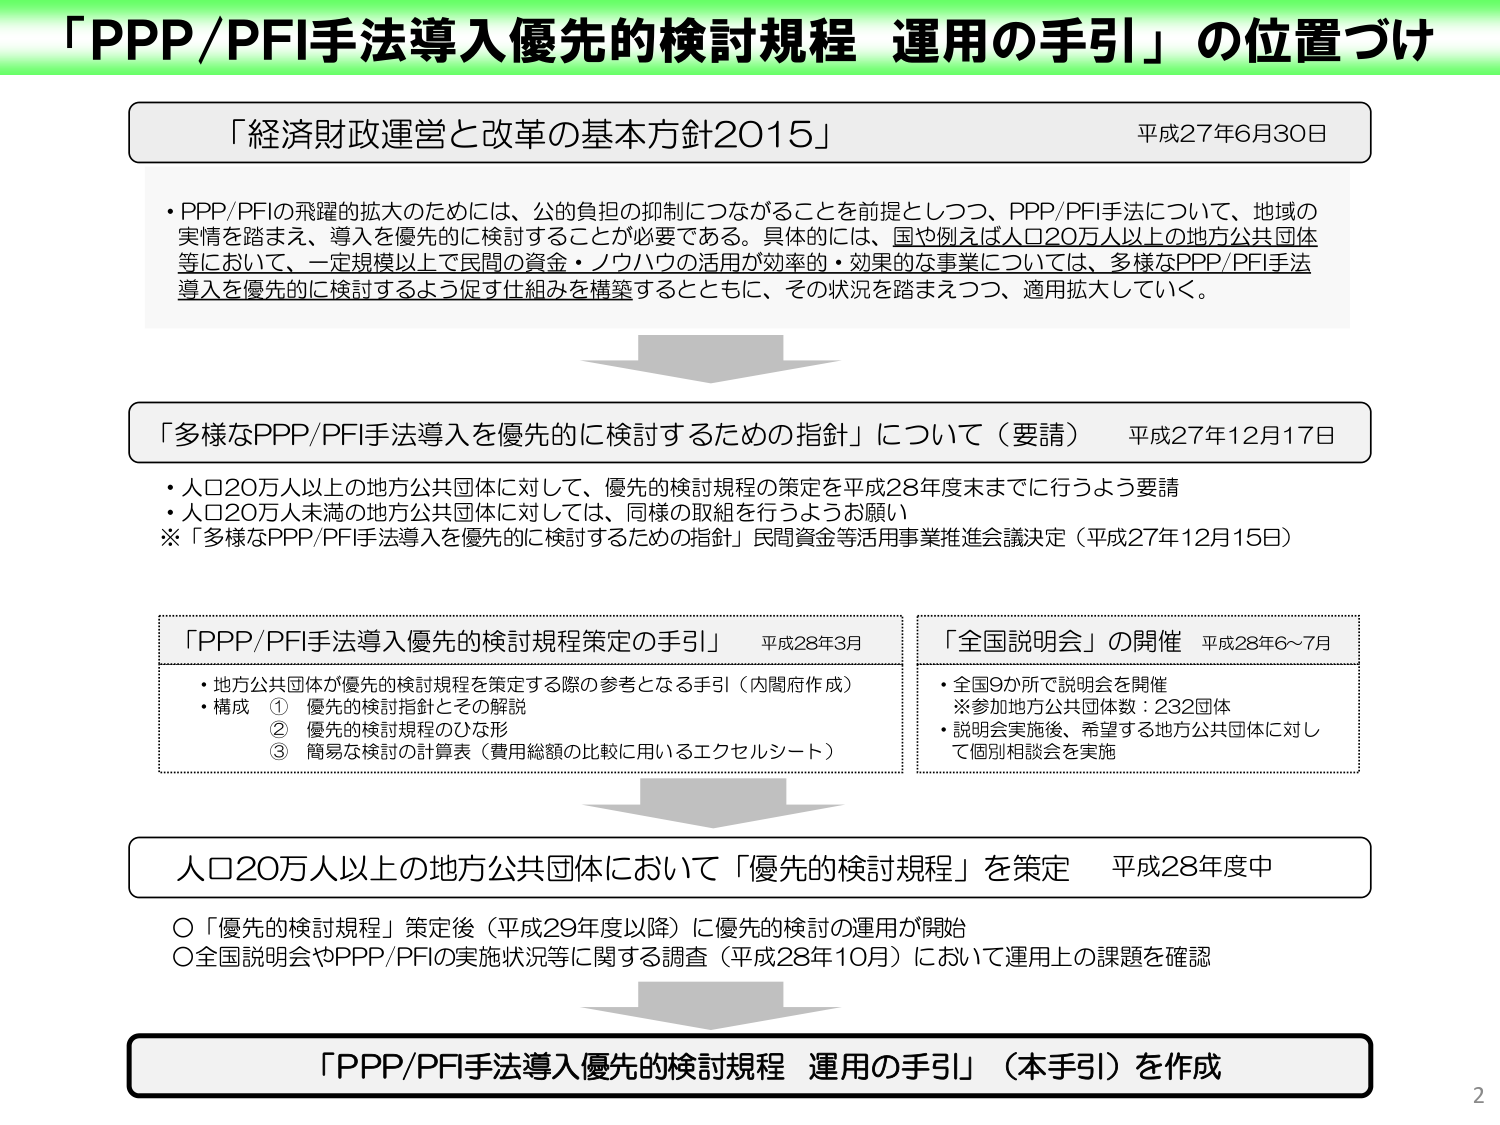
「PPP/PFI手法導入優先的検討規程 運用の手引」の位置づけ

「経済財政運営と改革の基本方針2015」 平成27年6月30日
・PPP/PFIの飛躍的拡大のためには、公的負担の抑制につながることを前提としつつ、PPP/PFI手法について、地域の実情を踏まえ、導入を優先的に検討することが必要である。具体的には、国や例えば人口20万人以上の地方公共団体等において、一定規模以上で民間の資金・ノウハウの活用が効率的・効果的な事業については、多様なPPP/PFI手法導入を優先的に検討するよう促す仕組みを構築するとともに、その状況を踏まえつつ、適用拡大していく。

「多様なPPP/PFI手法導入を優先的に検討するための指針」について（要請） 平成27年12月17日
・人口20万人以上の地方公共団体に対して、優先的検討規程の策定を平成28年度末までに行うよう要請
・人口20万人未満の地方公共団体に対しては、同様の取組を行うようお願い
※「多様なPPP/PFI手法導入を優先的に検討するための指針」民間資金等活用事業推進会議決定（平成27年12月15日）

「PPP/PFI手法導入優先的検討規程策定の手引」 平成28年3月
・地方公共団体が優先的検討規程を策定する際の参考となる手引（内閣府作成）
・構成 ① 優先的検討指針とその解説
　　　② 優先的検討規程のひな形
　　　③ 簡易な検討の計算表（費用総額の比較に用いるエクセルシート）

「全国説明会」の開催 平成28年6～7月
・全国9か所で説明会を開催
※参加地方公共団体数：232団体
・説明会実施後、希望する地方公共団体に対して個別相談会を実施

人口20万人以上の地方公共団体において「優先的検討規程」を策定 平成28年度中
〇「優先的検討規程」策定後（平成29年度以降）に優先的検討の運用が開始
〇全国説明会やPPP/PFIの実施状況等に関する調査（平成28年10月）において運用上の課題を確認

「PPP/PFI手法導入優先的検討規程 運用の手引」（本手引）を作成

2